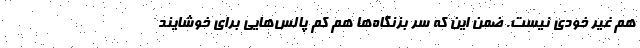
هم غیر خودی نیست. ضمن این که سر بزنگاه‌ها هم کم پالس‌هایی برای خوشایند